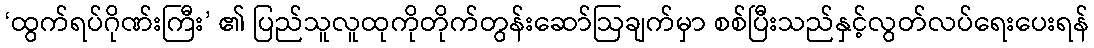
‘ထွက်ရပ်ဂိုဏ်းကြီး’ ၏ ပြည်သူလူထုကိုတိုက်တွန်းဆော်ဩချက်မှာ စစ်ပြီးသည်နှင့်လွတ်လပ်ရေးပေးရန်